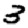
Digit: 3